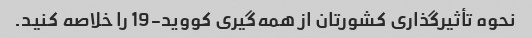
نحوه تأثیرگذاری کشورتان از همه‌گیری کووید-19 را خلاصه کنید.